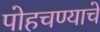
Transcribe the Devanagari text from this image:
पोहचण्याचे